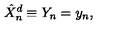
\hat { X } _ { n } ^ { d } \equiv Y _ { n } = y _ { n } ,